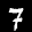
Label: 7